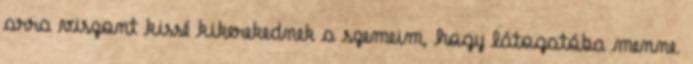
arra viszont kissé kikerekednek a szemeim, hogy látogatóba menne.